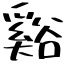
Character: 谿